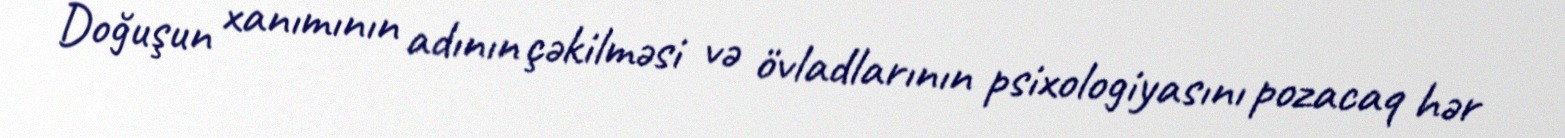
Doğuşun xanımının adının çəkilməsi və övladlarının psixologiyasını pozacaq hər